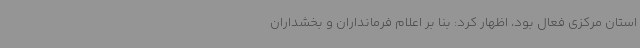
استان مرکزی فعال بود، اظهار کرد: بنا بر اعلام فرمانداران و بخشداران